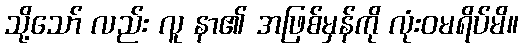
သို့သော် လည်း လူ နာ၏ အဖြစ်မှန်ကို လုံးဝမရိပ်မိ။